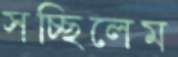
সচ্ছিলেম